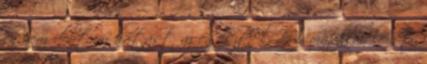
én nem dobtam hátast az egésztől, de ismétlem, lehet,